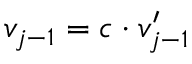
v _ { j - 1 } = c \cdot v _ { j - 1 } ^ { \prime }